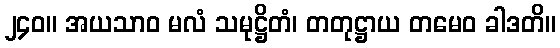
၂၄၀။ အယသာဝ မလံ သမုဋ္ဌိတံ၊ တတုဋ္ဌာယ တမေဝ ခါဒတိ။